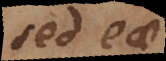
sed e